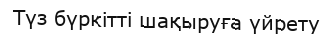
Түз бүркітті шақыруға үйрету